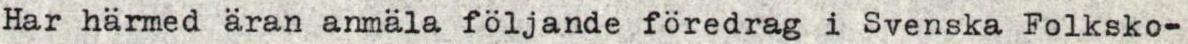
Har härmed äran anmäla följande föredrag i Svenska Folksko-